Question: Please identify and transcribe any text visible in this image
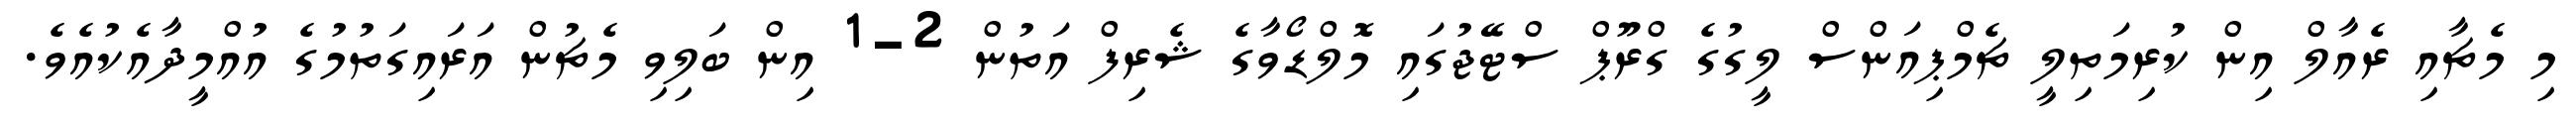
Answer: މި މެޗާއި ރެއާލް އިން ކުރިމަތިލީ ޗެމްޕިއަންސް ލީގުގެ ގްރޫޕް ސްޓޭޖުގައި މޮލްޑޯވާގެ ޝެރިފް އަތުން 2-1 އިން ބަލިވި މެޗުން އަރައިގަތުމުގެ އުއްމީދާއެކުއެވެ.